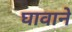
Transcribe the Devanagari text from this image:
घावाने